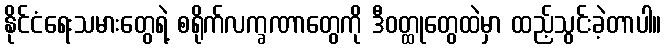
နိုင်ငံရေးသမားတွေရဲ့ စရိုက်လက္ခဏာတွေကို ဒီဝတ္ထုတွေထဲမှာ ထည့်သွင်းခဲ့တာပါ။